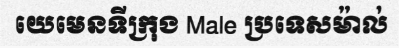
យេមេនទីក្រុង Male ប្រទេសម៉ាល់